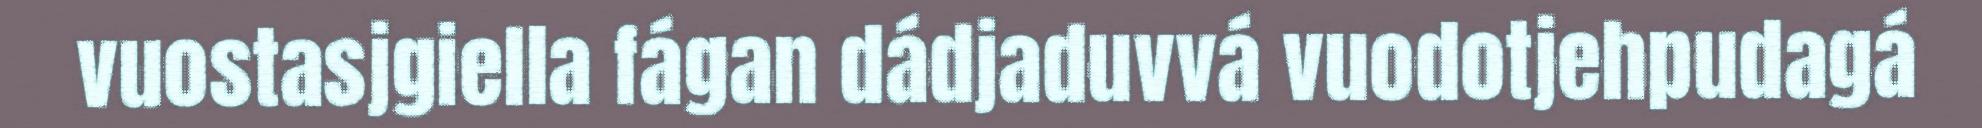
vuostasjgiella fágan dádjaduvvá vuodotjehpudagá